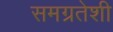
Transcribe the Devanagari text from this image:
समग्रतेशी